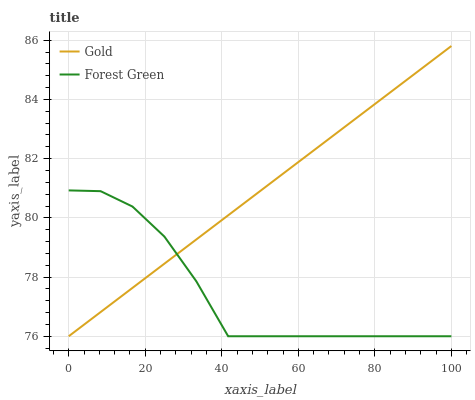
| xaxis_label | Gold | Forest Green |
 | --- | --- | --- |
 | 0 | 76 | 80.9 |
 | 8.33 | 76.8 | 80.9 |
 | 16.7 | 77.6 | 80.4 |
 | 25 | 78.5 | 79.4 |
 | 33.3 | 79.3 | 77.9 |
 | 41.7 | 80.1 | 76 |
 | 50 | 80.9 | 76 |
 | 58.3 | 81.7 | 76 |
 | 66.7 | 82.5 | 76 |
 | 75 | 83.4 | 76 |
 | 83.3 | 84.2 | 76 |
 | 91.7 | 85 | 76 |
 | 100 | 85.8 | 76 |